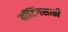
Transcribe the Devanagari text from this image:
यॉटिंगसाठी